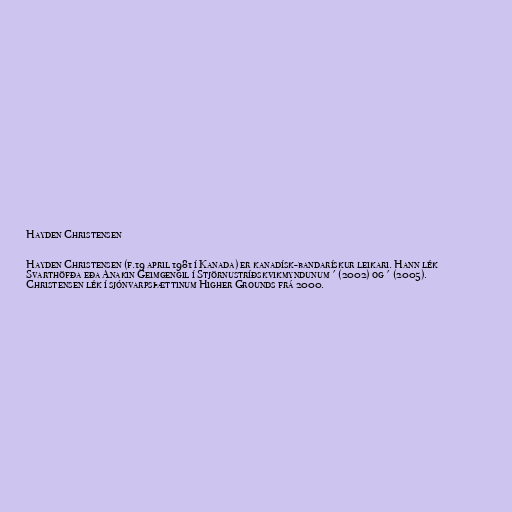
Hayden Christensen

Hayden Christensen (f.19 april 1981 í Kanada) er kanadísk-bandarískur leikari. Hann lék
Svarthöfða eða Anakin Geimgengil í Stjörnustríðskvikmyndunum ' (2002) og ' (2005).
Christensen lék í sjónvarpsþættinum Higher Grounds frá 2000.